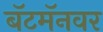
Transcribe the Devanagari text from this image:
बॅटमॅनवर